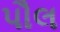
પૌલ